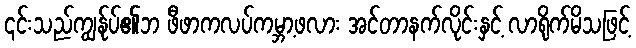
၎င်းသည်ကျွန်ုပ်၏ဘ ဖီဖာကလပ်ကမ္ဘာ့ဖလား အင်တာနက်လိုင်းနှင့် လာရိုက်မိသဖြင့်